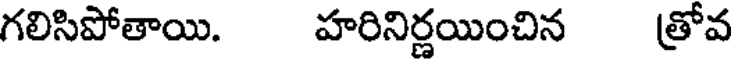
గలిసిపోతాయి. హరినిర్ణయించిన త్రోవ